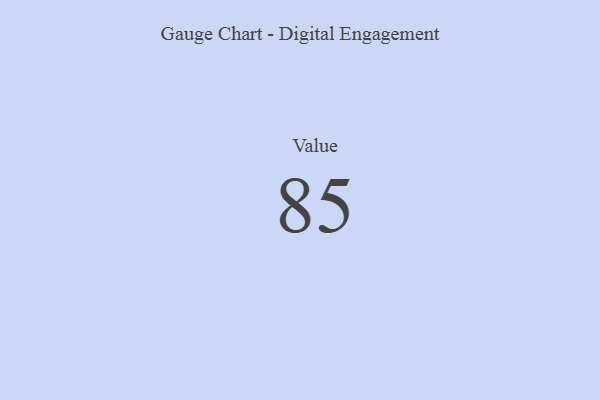
{"axis": {"x": "Metric", "y": "Value"}, "legend": [""], "data": [{"x": "Value", "y": 85, "type": ""}]}